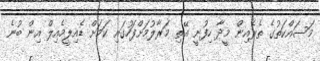
މަސައްކަތުގެ ތެރެއިން މީދާ ހިފުނީ އޭތި މަރާލުމަށްފަހުގައި ކަމަށް ޑެއިލީމެއިލް އިން ބުނެ